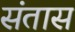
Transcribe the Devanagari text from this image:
संतास